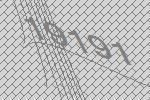
19191